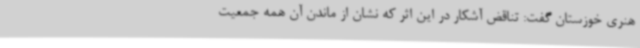
هنری خوزستان گفت: تناقض آشکار در این اثر که نشان از ماندن آن همه جمعیت